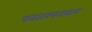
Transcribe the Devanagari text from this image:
खतरपतवार